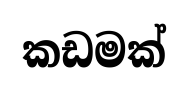
කඩමක්